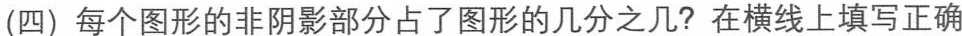
(四)每个图形的非阴影部分占了图形的几分之几?在横线上填写正确